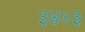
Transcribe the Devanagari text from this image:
३४०३